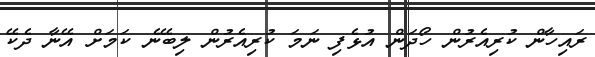
ރައިހާން ކުރިއެރުން ހޯދަން އުޅެފި ނަމަ ކުރިއެރުން ލިބޭނެ ކަމަށް އޭނާ ދެކޭ